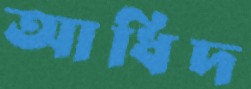
আধিদ